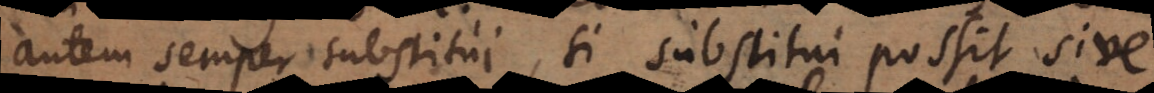
autem semper substitui, si substitui possit sive